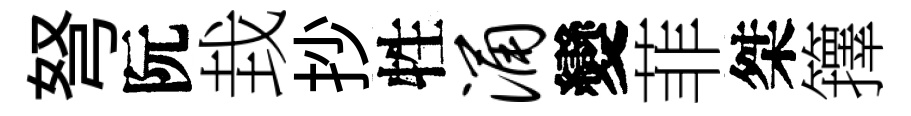
弩阮㘽抄牲涌變菲桀籜